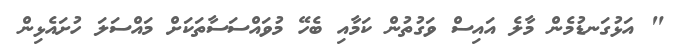
" އަޅުގަނޑުމެން މާލެ އައިސް ވަގުތުން ކަމާއި ބެހޭ މުވައްސަސާތަކަށް މައްސަލަ ހުށައެޅިން